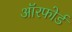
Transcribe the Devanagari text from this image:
ऑरफोर्ड